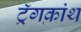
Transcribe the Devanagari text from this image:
ट्रॅगकांथ